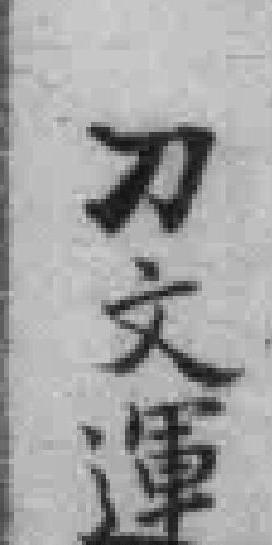
刀文運